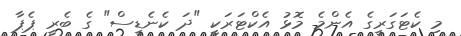
މި ކެޓަގަރީގެ އެންމެ މޮޅު އެކްޓަރަކީ "ދަ ކެނެޑީސް" ގެ ބެރީ ޕެޕާ